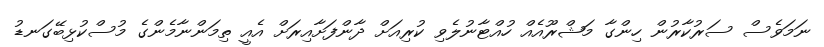
ނަމަވެސް ސަރުކާރުން ހިންގާ މަޝްރޫއެއް ހުއްޓާނުލެވި ކުރިއަށް ދާންފަށާއިރަށް އެއީ ތިމަންނާމެންގެ މުސްކުޅިބޭގަނޑު